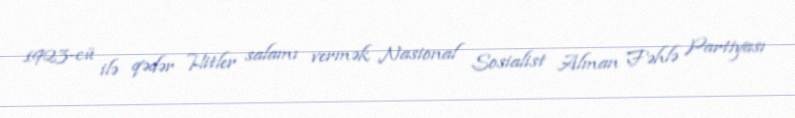
1923-cü ilə qədər Hitler salamı vermək Nasional Sosialist Alman Fəhlə Partiyası